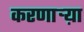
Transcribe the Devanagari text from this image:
करणार्‍य़ा